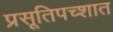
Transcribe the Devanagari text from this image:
प्रसूतिपच्शात